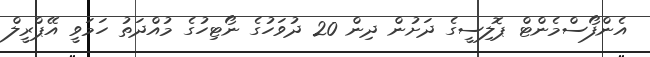
އެންފޯސްމެންޓް ޕޮލިސީގެ ދަށުން ދިން 20 ދުވަހުގެ ނޯޓިހުގެ މުއްދަތު ހަމަވީ އޭޕްރީލް